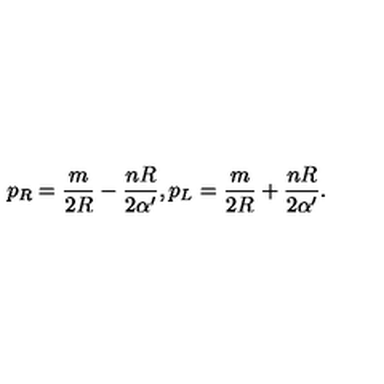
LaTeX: p _ { R } = { \frac { m } { 2 R } } - { \frac { n R } { 2 \alpha ^ { \prime } } } , p _ { L } = { \frac { m } { 2 R } } + { \frac { n R } { 2 \alpha ^ { \prime } } } .